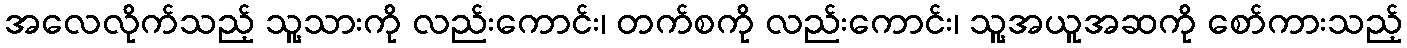
အလေလိုက်သည့် သူ့သားကို လည်းကောင်း၊ တက်စကို လည်းကောင်း၊ သူ့အယူအဆကို စော်ကားသည့်